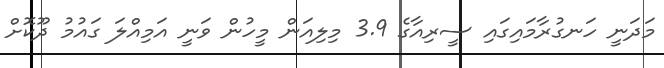
މަދަނީ ހަނގުރާމައިގައި ސީރިއާގެ 3.9 މިލިއަން މީހުން ވަނީ އަމިއްލަ ގައުމު ދޫކޮށް